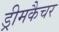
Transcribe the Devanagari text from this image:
ड्रीमकैचर